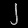
Digit: ၂